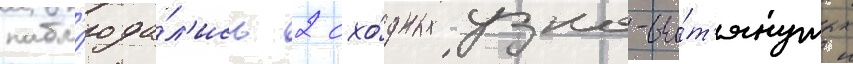
набл'юда́л'ись 2 схо́дных узко-вы́т'янутых